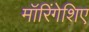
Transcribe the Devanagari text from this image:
मॉरिंगेशिए